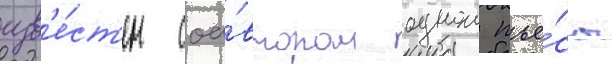
изв'е́ст'ен соа́втором однои пье́сы